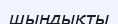
шыңдықты